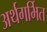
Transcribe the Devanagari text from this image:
अर्थगर्भित